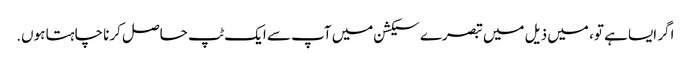
اگر ایسا ہے تو، میں ذیل میں تبصرے سیکشن میں آپ سے ایک ٹپ حاصل کرنا چاہتا ہوں.